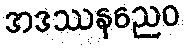
အဒဿနညေဝ